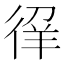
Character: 𰐳